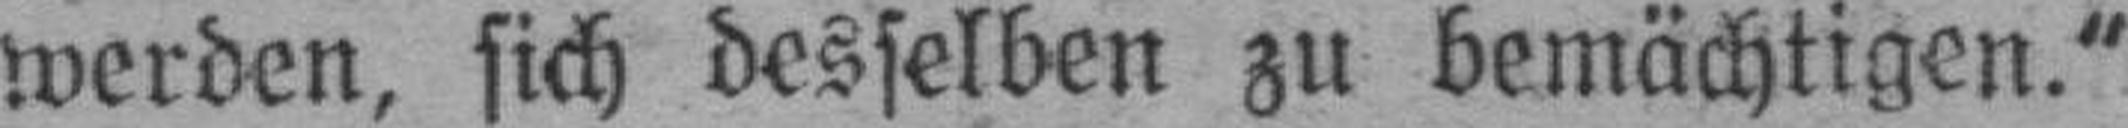
werden, sich desselben zu bemächtigen.“